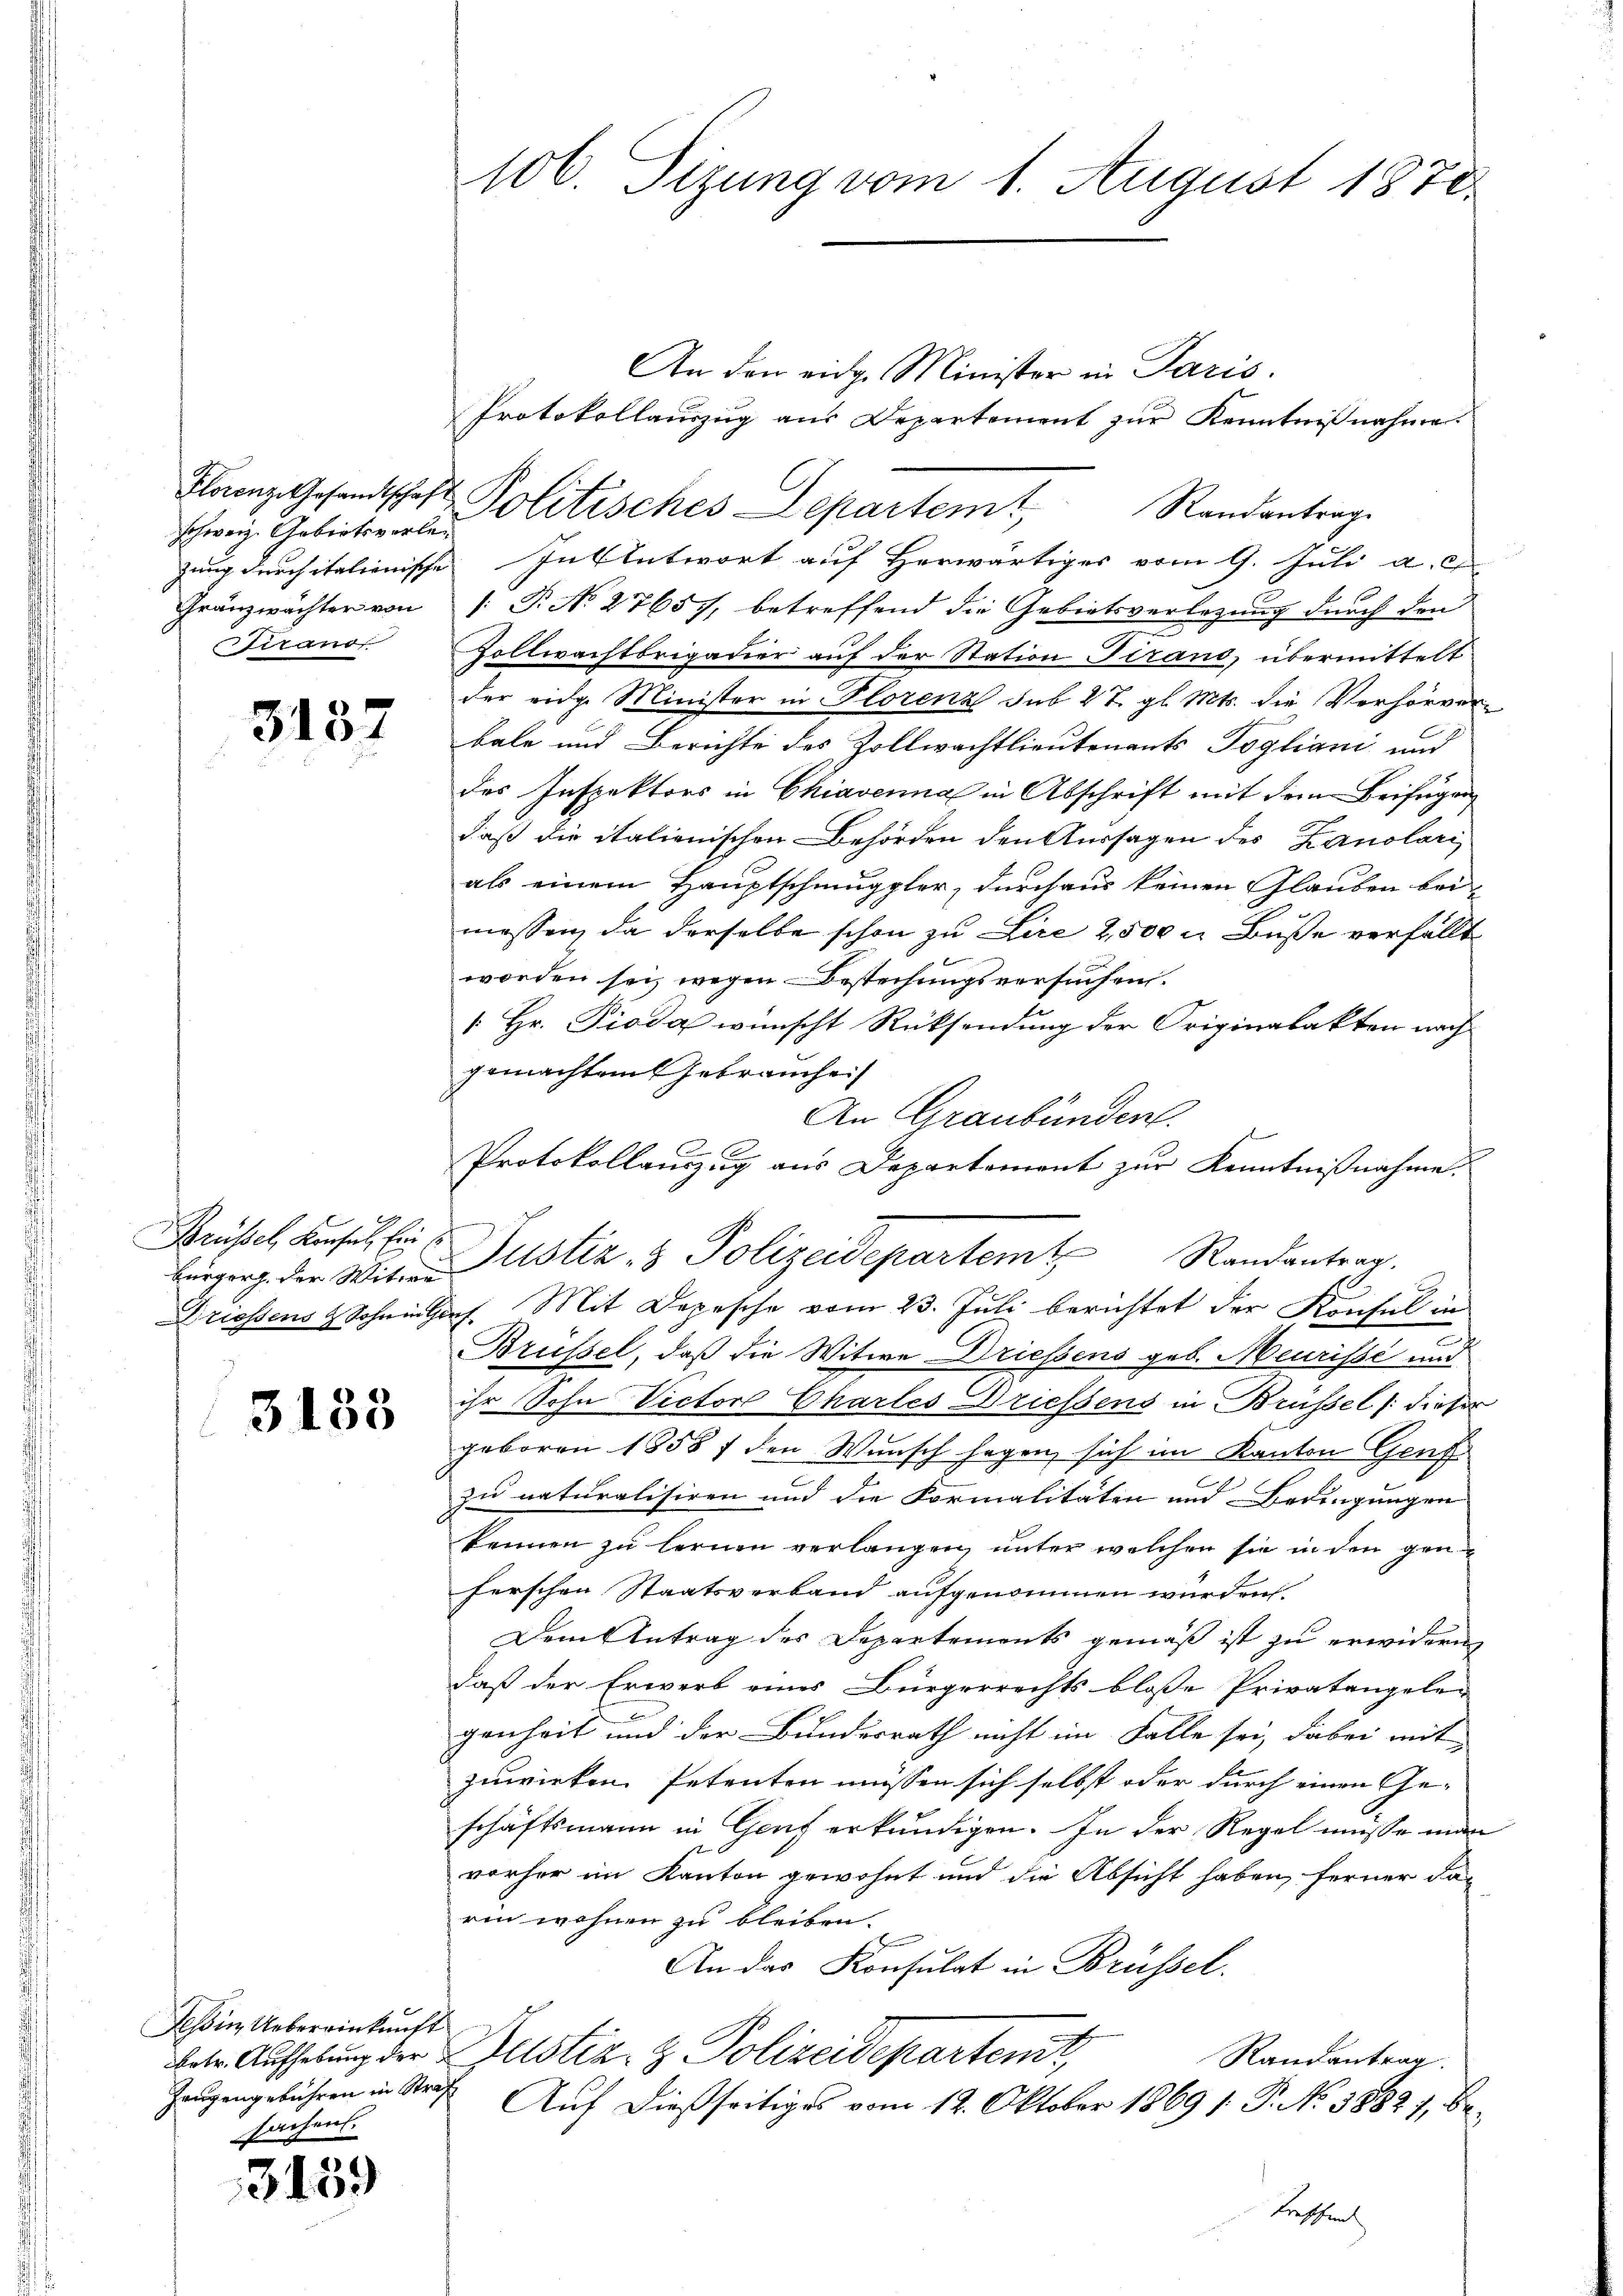
schweiz. Gebietsvorle¬

3137

Brüssel, Konsul, Ein E

3133

Feßin Uebereinkunft
Zeugengebühren in Straf
sachen.

3159

An den eidg. Minister in Paris.
Protokollauszug aus Departement zur Kenntnißnahme.
Flanz. Gesandtschaft Politisches Departemt, Randantrag
zung durchitalienische Intentwort auf Herwärtiges vom 9. Juli a. c
Gränzwächter von /: P. No 27657, betreffend die Gebietsverlegung durch den
e
Firanos Zollwachtbrigadier auf der Station Firand, übermittelt
der eidg. Minister in Florenz sub 27. gl. Mts. die Verhörverbale und Berichte des Zollwachtlieutenants Pogliani und
des Inspektors in Chiavenna in Abschrift mit dem Beifügen
daß die italienischen Behörden den Aussagen des Zanolari
als einem Hauptschmuppler, durchaus keinen Glauben bei-
messen, da derselbe schon zu Lire 2500 n Buße verfällt
worden sei, wegen Bestechungsversuchen.
 Hr. Pioda wünscht Rücksendung der Originalakten nach
gemachten Gebrauchei
An Graubünden.
Protokollauszug aus Departement zur Kenntnißnahme.
Driessens & Sohnen Hof. Mit Depesche vom 23. Juli berichtet der Konsul in
.
Brüssel, daß die Witwe Driessens geb. Meurisse und
ihr Sohn Victor Chartes Driessens in Brüssel /: dieser
geboren 1858 f den Wunsch sagen sich im Kanton Genf
zu naturalisiren und die Formalitäten und Bedingungen
kennen zu lernen verlangen, unter welchen sie in den gen
ferschen Staatsverband aufgenommen würden
Dem Antrag des Departements gemäß ist zu erwidern
daß der Erwerb eines Bürgerrechts bloße Privatangelen
genheit und der Bundesrath nicht im Falle sei, dabei mit
zuwirken Petenten müssen sich selbst oder durch einen Ge-
schäftsmann in Genf erkundigen. In der Regel müsse man
vorher im Kanton gewohnt und die Absicht haben, ferner darin wohnen zu bleiben.
An das Konsulat in Brüssel.
betr. Aufhebung der Bestiz- & Polizeideparten,
Randantrag.
Auf dießseitiges vom 12. Oktober 1869 s: P. No 3882), be¬
Liesten

106. Sizung vom 1. August 1878.

Bürgerg der Witwe Justiz- & Polizeidepartemt Randantrag.